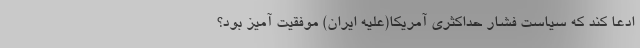
ادعا کند که سیاست فشار حداکثری آمریکا(علیه ایران) موفقیت آمیز بود؟